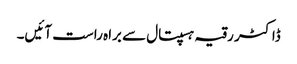
ڈاکٹر رقیہ ہسپتال سے براہ راست آئیں۔